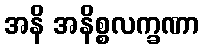
အနိ အနိစ္စလက္ခဏာ